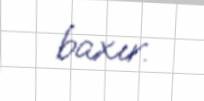
baxır.